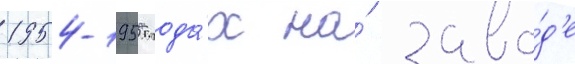
1954-1955 года́х на́ заво́д'е